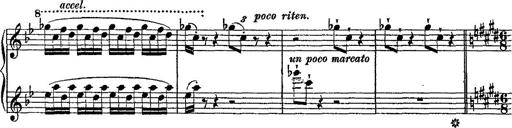
Title: Fantaisie romantique sur deux mÃ©lodies suisses
Composer: Franz Liszt